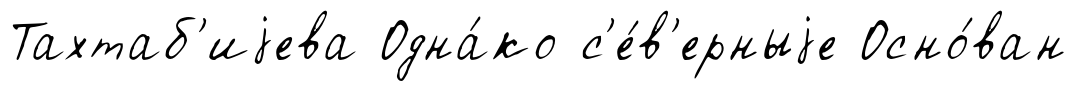
Тахтаб'иjева Одна́ко с'е́в'ерныjе Осно́ван